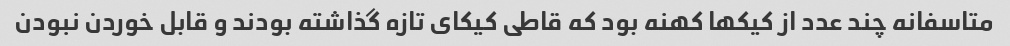
متاسفانه چند عدد از کیکها کهنه بود که قاطی کیکای تازه گذاشته بودند و قابل خوردن نبودن